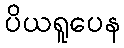
ပိယရူပေန